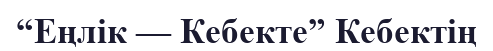
“Еңлік — Кебекте” Кебектің